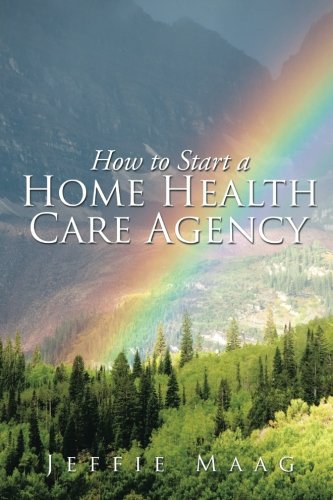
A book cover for How to Start a Home Health Care Agency; Jeffie Maag; Medical Books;